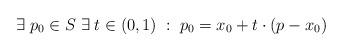
LaTeX: \begin{align*} \exists \; p_0 \in S \; \exists \; t \in (0,1) \; : \; p_0 = x_0 + t \cdot (p - x_0) \; \end{align*}